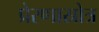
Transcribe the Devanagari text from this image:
प्रेरणास्रोत्र